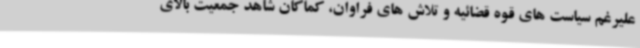
علیرغم سیاست های قوه قضائیه و تلاش های فراوان، کماکان شاهد جمعیت بالای